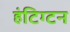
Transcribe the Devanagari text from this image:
हंटिग्टन